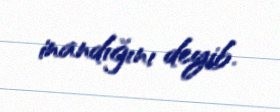
inandığını deyib.